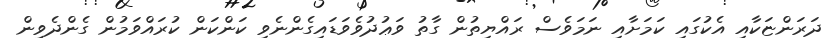
ދަރަންޏަކާއި އެކުގައި ކަމަށާއި ނަމަވެސް ރައްޔިތުން ގާތު ވަޢުދުވެވަޑައިގެންނެވި ކަންކަން ކުރައްވަމުން ގެންދެވިން